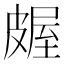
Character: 𬐖